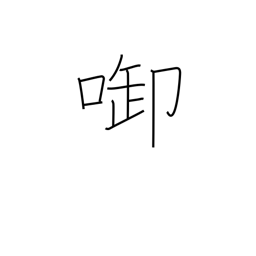
Meaning: hold in mouth or between teeth